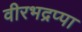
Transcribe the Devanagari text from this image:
वीरभद्रप्पा